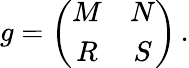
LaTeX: g=\left(\begin{array}{cc}{{M}}&{{N}}\\ {{R}}&{{S}}\end{array}\right)\, .